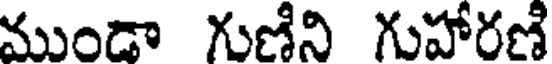
ముండా గుణీని గుహారణి